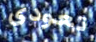
تعودى